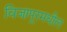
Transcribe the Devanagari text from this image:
विजापूरमधील